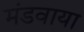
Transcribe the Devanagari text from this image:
मंडवाया